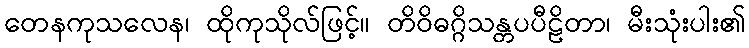
တေနကုသလေန၊ ထိုကုသိုလ်ဖြင့်။ တိဝိဓဂ္ဂိသန္တပပီဠိတာ၊ မီးသုံးပါး၏